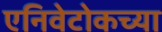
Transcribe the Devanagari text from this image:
एनिवेटोकच्या